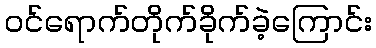
ဝင်ရောက်တိုက်ခိုက်ခဲ့ကြောင်း